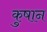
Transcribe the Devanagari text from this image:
कुषान